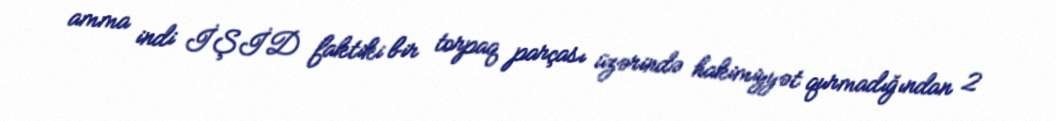
amma indi İŞİD faktiki bir torpaq parçası üzərində hakimiyyət qurmadığından 2